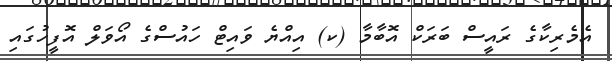
އެމެރިކާގެ ރައީސް ބަރަކް އޮބާމާ (ކ) އިއްޔެ ވައިޓް ހައުސްގެ އޯވަލް އޮފީހުގައި